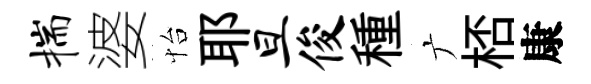
揣婆怡耶旦俊種广桮康